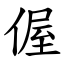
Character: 偓